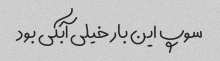
سوپ این بار خیلی آبکی بود